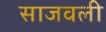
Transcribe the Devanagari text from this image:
साजवली